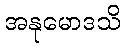
အနုမောဒသိ